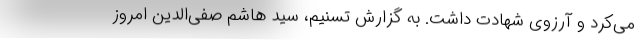
می‌کرد و آرزوی شهادت داشت. به گزارش تسنیم، سید هاشم صفی‌الدین امروز